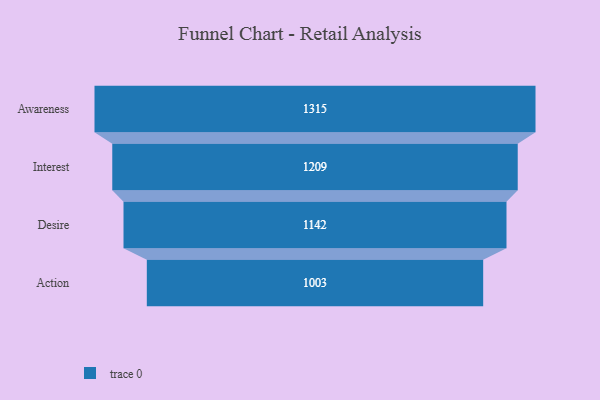
{"axis": {"x": "Stage", "y": "Value"}, "legend": [""], "data": [{"x": "Awareness", "y": 1315.0, "type": ""}, {"x": "Interest", "y": 1209.0, "type": ""}, {"x": "Desire", "y": 1142.0, "type": ""}, {"x": "Action", "y": 1003.0, "type": ""}]}